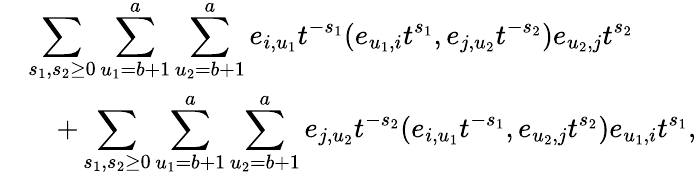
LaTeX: \begin{array}{rl}&{\displaystyle\sum_{s_{1},s_{2}\geq 0}\sum_{u_{1}=b+1}^{a}\sum_{u_{2}=b+1}^{a}e_{i,u_{1}}t^{-s_{1}}(e_{u_{1},i}t^{s_{1}},e_{j,u_{2}}t^{-s_{2}})e_{u_{2},j}t^{s_{2}}}\\ &{\quad+\displaystyle\sum_{s_{1},s_{2}\geq 0}\sum_{u_{1}=b+1}^{a}\sum_{u_{2}=b+1}^{a}e_{j,u_{2}}t^{-s_{2}}(e_{i,u_{1}}t^{-s_{1}},e_{u_{2},j}t^{s_{2}})e_{u_{1},i}t^{s_{1}},}\end{array}